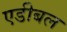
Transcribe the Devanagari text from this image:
एडीबल